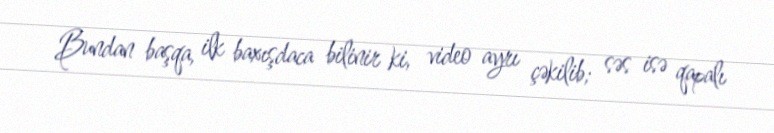
Bundan başqa, ilk baxışdaca bilinir ki, video ayrı çəkilib; səs isə qapalı